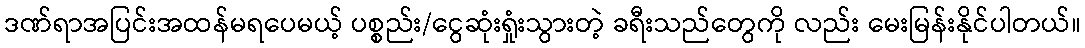
ဒဏ်ရာအပြင်းအထန်မရပေမယ့် ပစ္စည်း/ငွေဆုံးရှုံးသွားတဲ့ ခရီးသည်တွေကို လည်း မေးမြန်းနိုင်ပါတယ်။